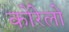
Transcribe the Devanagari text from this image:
कोरेलो